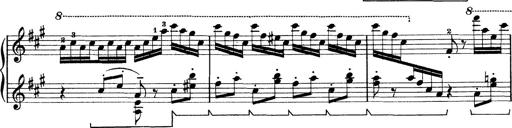
Title: Rapsodie: 19 ungheresi, 1 spagnuola
Composer: Franz Liszt